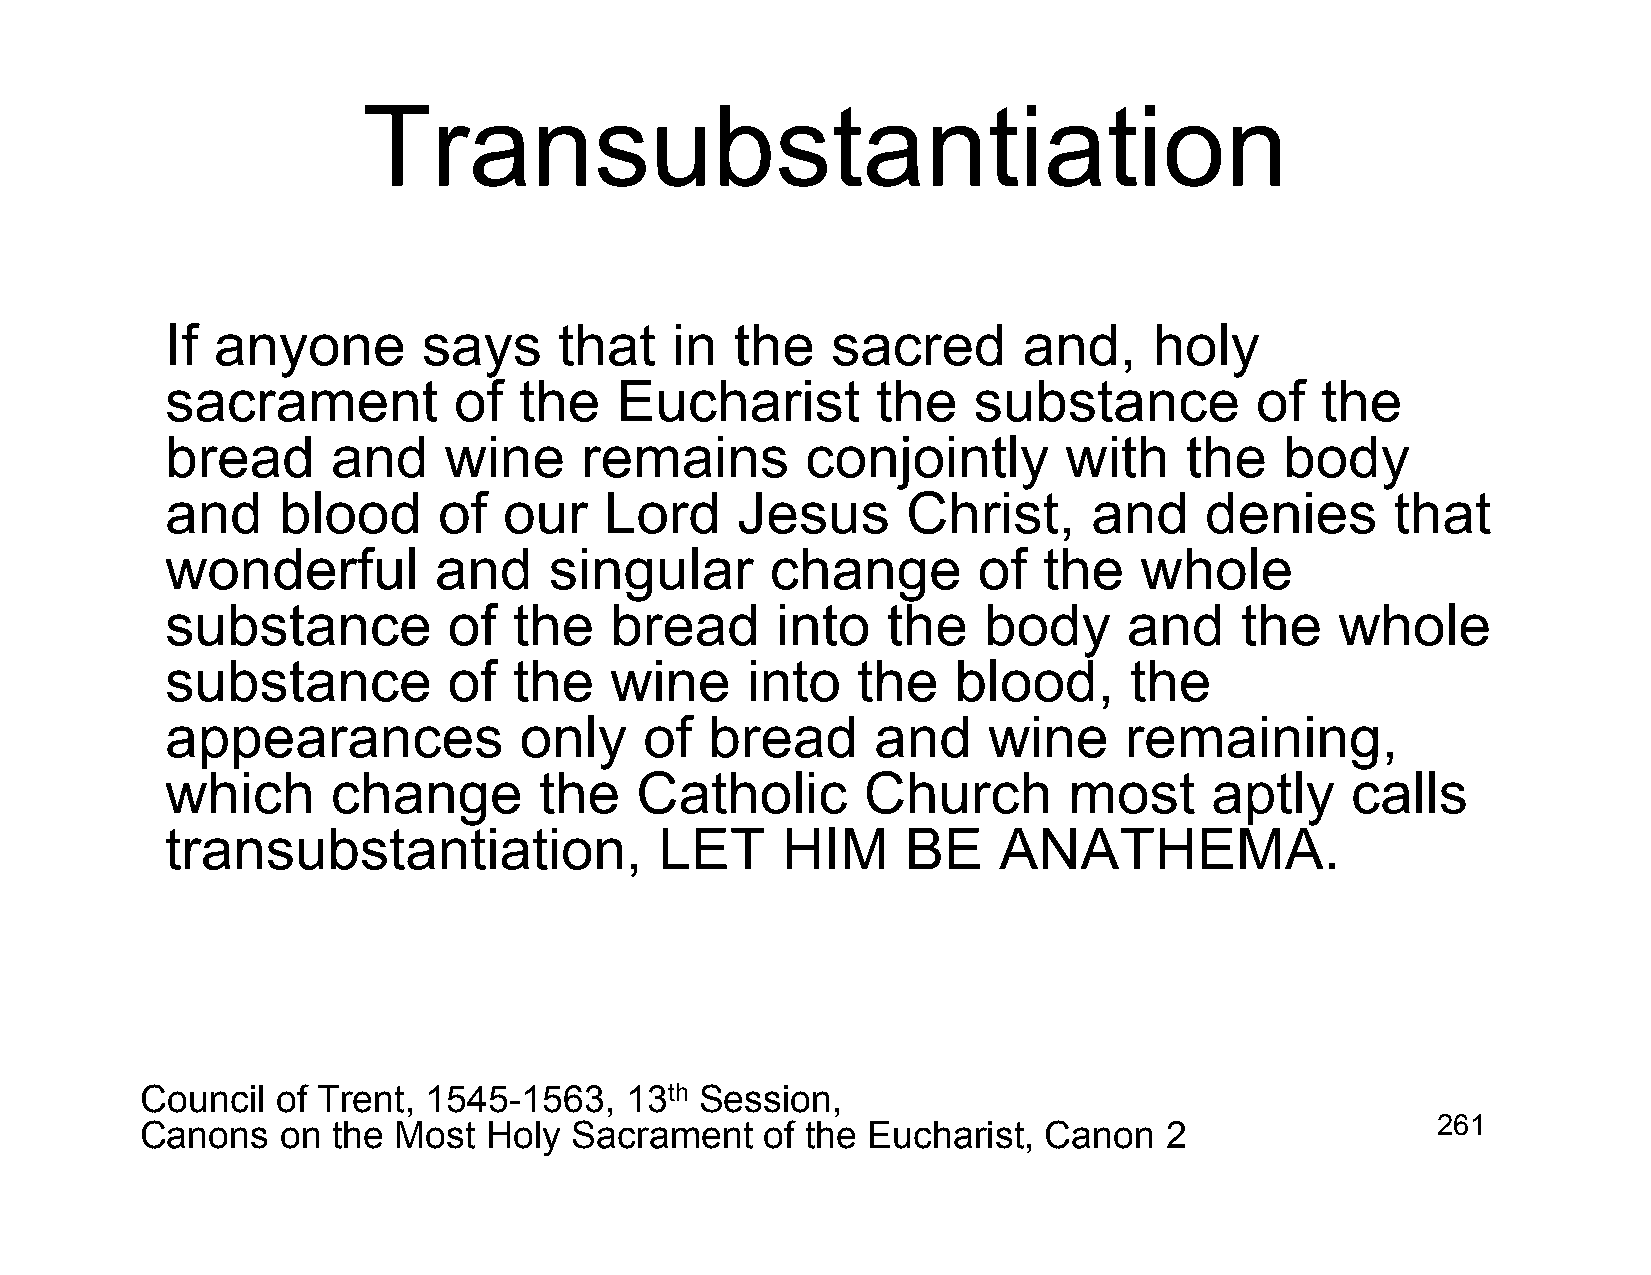
Transubstantiation
 If anyone        says     that   in   the   sacred       and,    holy
 sacrament          of  the    Eucharist        the   substance          of  the
 bread      and    wine     remains        conjointly       with    the    body
 and    blood      of  our    Lord     Jesus      Christ,     and     denies      that
 wonderful         and    singular       change        of  the   whole
 substance          of  the   bread      into    the   body      and    the    whole
 substance          of  the   wine     into    the   blood,      the
 appearances            only     of  bread      and    wine     remaining,
 which      change        the   Catholic       Church        most     aptly    calls
 transubstantiation,              LET     HIM     BE    ANATHEMA.
 Council  of Trent, 1545-1563,   13th Session,
 Canons    on the Most  Holy  Sacrament    of the Eucharist, Canon   2                 261